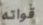
قواته